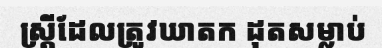
ស្ត្រីដែលត្រូវឃាតក ដុតសម្លាប់